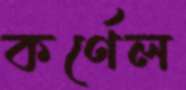
কর্ণেল